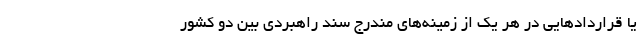
یا قرارداد‌هایی در هر یک از زمینه‌های مندرج سند راهبردی بین دو کشور